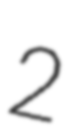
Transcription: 2